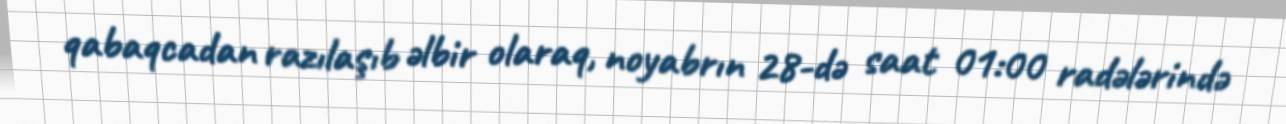
qabaqcadan razılaşıb əlbir olaraq, noyabrın 28-də saat 01:00 radələrində